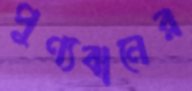
পুণ্যবানের